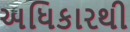
અધિકારથી